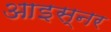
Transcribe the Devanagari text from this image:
आइस्नर